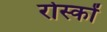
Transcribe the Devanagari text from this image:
रोस्कों